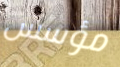
مؤسس